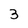
Character: 3